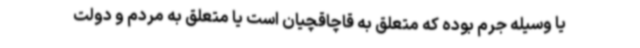
یا وسیله جرم بوده که متعلق به قاچاقچیان است یا متعلق به مردم و دولت